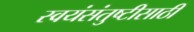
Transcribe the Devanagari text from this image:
स्वयंसंतुष्टीसाठी